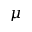
\mu